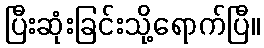
ပြီးဆုံးခြင်းသို့ရောက်ပြီ။